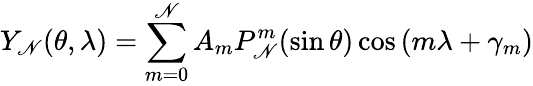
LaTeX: Y_{\mathscr{N}}(\theta,\lambda)=\sum_{m=0}^{\mathscr{N}}A_{m}P_{\mathscr{N}}^{m}(\sin\theta)\cos\left(m\lambda+\gamma_{m}\right)